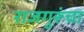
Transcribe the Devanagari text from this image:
राजगुरूंचा